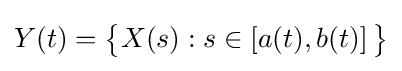
Y(t)={\big \{}X(s):s\in [a(t),b(t)]\,{\big \}}